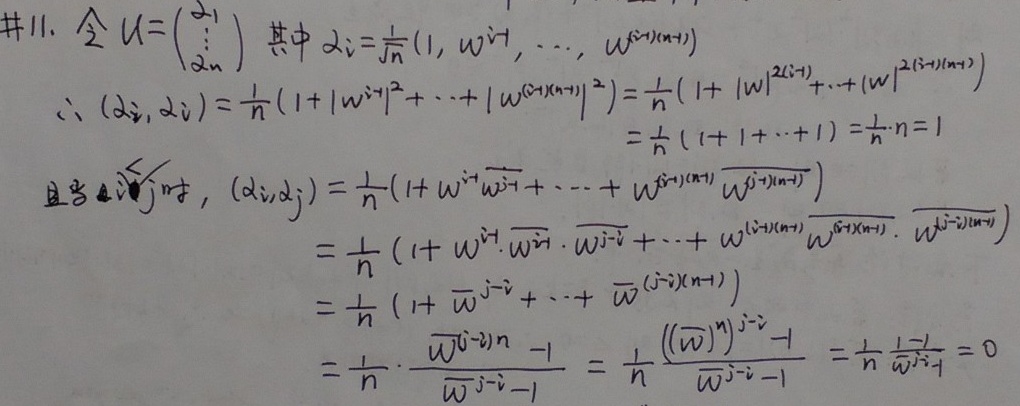
#11. 令 \( U = \begin{pmatrix} \alpha_1 \\ \vdots \\ \alpha_n \end{pmatrix} \)，其中 \( \alpha_i = \frac{1}{\sqrt{n}}(1, w^{i - 1}, \cdots, w^{(i - 1)(n - 1)}) \)。
\(\therefore (\alpha_i, \alpha_i)=\frac{1}{n}(1 + |w^{i - 1}|^2+\cdots+|w^{(i - 1)(n - 1)}|^2)=\frac{1}{n}(1 + |w|^{2(i - 1)}+\cdots+|w|^{2(i - 1)(n - 1)})\)
\(=\frac{1}{n}(1 + 1+\cdots+1)=\frac{1}{n}\cdot n = 1\)
且当 \( i\neq j \) 时，\((\alpha_i,\alpha_j)=\frac{1}{n}(1 + w^{i - 1}\overline{w^{j - 1}}+\cdots+w^{(i - 1)(n - 1)}\overline{w^{(j - 1)(n - 1)}})\)
\(=\frac{1}{n}(1 + w^{i - 1}\cdot\overline{w^{j - 1}}\cdot\overline{w^{i - j}}+\cdots+w^{(i - 1)(n - 1)}\overline{w^{(j - 1)(n - 1)}}\cdot\overline{w^{(i - j)(n - 1)}})\)
\(=\frac{1}{n}(1+\overline{w}^{j - i}+\cdots+\overline{w}^{(j - i)(n - 1)})\)
\(=\frac{1}{n}\cdot\frac{\overline{w}^{(j - i)n}-1}{\overline{w}^{j - i}-1}=\frac{1}{n}\frac{((\overline{w})^n)^{j - i}-1}{\overline{w}^{j - i}-1}=\frac{1}{n}\frac{1 - 1}{\overline{w}^{j - i}-1}=0\)